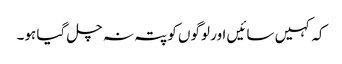
کہ کہیں سائیں اور لوگوں کو پتہ نہ چل گیا ہو۔